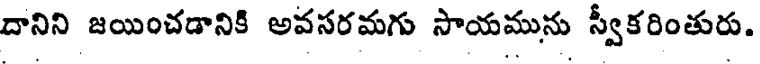
దానిని జయించడానికి అవసరమగు సాయమును స్వీకరింతురు.